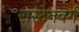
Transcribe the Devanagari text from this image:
रास्टेनबर्ग